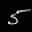
Label: 5